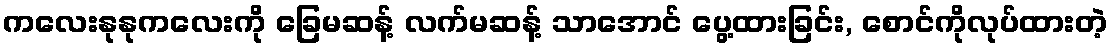
ကလေးနုနုကလေးကို ခြေမဆန့် လက်မဆန့် သာအောင် ပွေ့ထားခြင်း, စောင်ကိုလုပ်ထားတဲ့